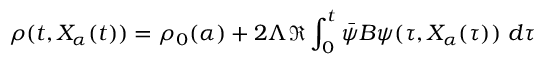
\rho ( t , X _ { \alpha } ( t ) ) = \rho _ { 0 } ( \alpha ) + 2 \Lambda \Re \int _ { 0 } ^ { t } \Bar { \psi } B \psi ( \tau , X _ { \alpha } ( \tau ) ) \ d \tau